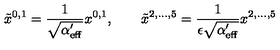
\tilde { x } ^ { 0 , 1 } = \frac { 1 } { \sqrt { \alpha _ { \mathrm { e f f } } ^ { \prime } } } x ^ { 0 , 1 } , \qquad \tilde { x } ^ { 2 , \ldots , 5 } = \frac { 1 } { \epsilon \sqrt { \alpha _ { \mathrm { e f f } } ^ { \prime } } } x ^ { 2 , \ldots , 5 }